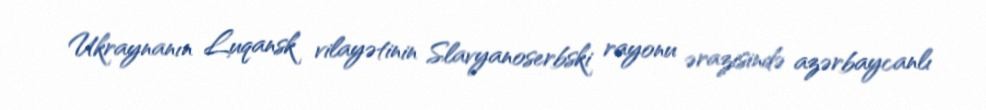
Ukraynanın Luqansk vilayətinin Slavyanoserbski rayonu ərazisində azərbaycanlı